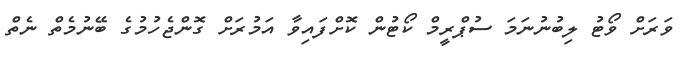
ވަރަށް ވޯޓު ލިބުނުނަމަ ސުޕްރީމް ކޯޓުން ކޮށްފައިވާ އަމުރަށް ގޮންޖެހުމުގެ ބޭނުމެތް ނެތް